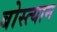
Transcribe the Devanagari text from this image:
बोस्त्यान